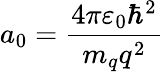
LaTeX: a_{0}={\frac{4\pi\varepsilon_{0}\hbar^{2}}{m_{q}q^{2}}}